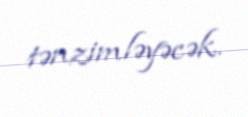
tənzimləyəcək.